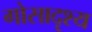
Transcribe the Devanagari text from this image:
गोसादृश्य